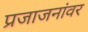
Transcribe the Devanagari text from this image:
प्रजाजनांवर